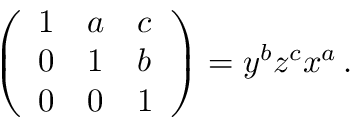
{ \left( \begin{array} { l l l } { 1 } & { a } & { c } \\ { 0 } & { 1 } & { b } \\ { 0 } & { 0 } & { 1 } \end{array} \right) } = y ^ { b } z ^ { c } x ^ { a } \, .